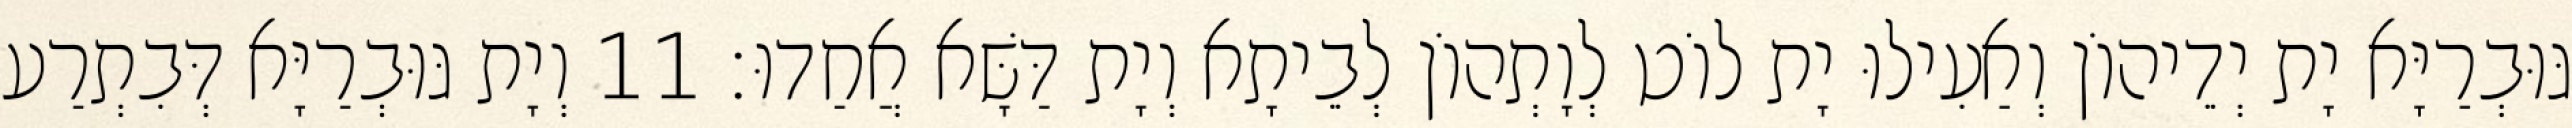
גּוּבְרַיָּא יָת יְדֵיהוֹן וְאַעִילוּ יָת לוֹט לְוָתְהוֹן לְבֵיתָא וְיָת דַּשָּׁא אֲחַדוּ׃ 11 וְיָת גּוּבְרַיָּא דְּבִתְרַע